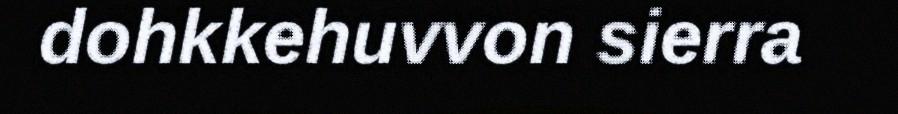
dohkkehuvvon sierra